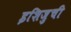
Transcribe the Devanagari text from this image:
इशिज़ुची